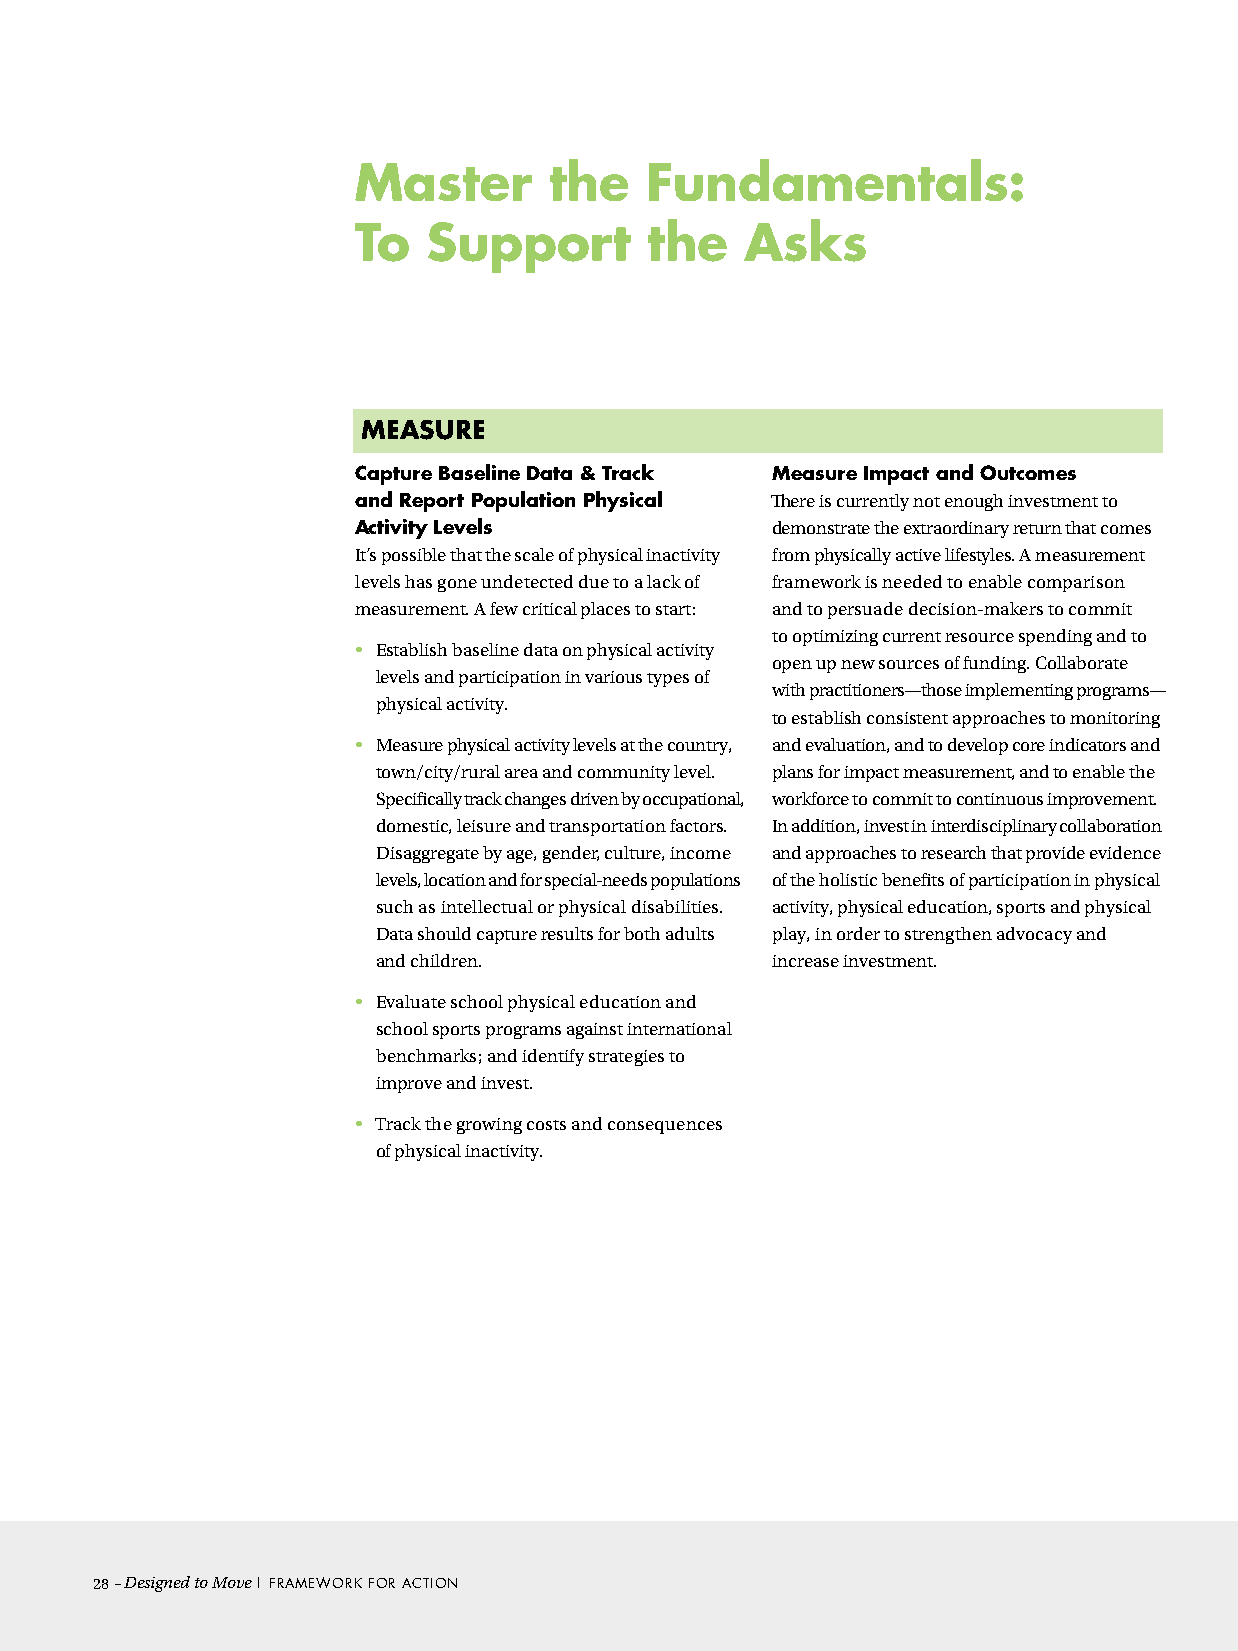
master       the    fundamentals:
 To   Support        the   Asks
 meASUre
 Capture Baseline Data & Track measure Impact and outcomes
 and report Population Physical There is currently not enough investment to
 Activity Levels             demonstrate the extraordinary return that comes
 It’s possible that the scale of physical inactivity from physically active lifestyles. A measurement
 levels has gone undetected due to a lack of framework is needed to enable comparison
 measurement. A few critical places to start: and to persuade decision-makers to commit
 to optimizing current resource spending and to
 • Establish baseline data on physical activity
 open up new sources of funding. Collaborate
 levels and participation in various types of
 with practitioners—those implementing programs—
 physical activity.
 to establish consistent approaches to monitoring
 • Measure physical activity levels at the country, and evaluation, and to develop core indicators and
 town/city/rural area and community level. plans for impact measurement, and to enable the
 Specifically track changes driven by occupational, workforce to commit to continuous improvement.
 domestic, leisure and transportation factors. In addition, invest in interdisciplinary collaboration
 Disaggregate by age, gender, culture, income and approaches to research that provide evidence
 levels, location and for special-needs populations of the holistic benefits of participation in physical
 such as intellectual or physical disabilities. activity, physical education, sports and physical
 Data should capture results for both adults play, in order to strengthen advocacy and
 and children.             increase investment.
 • Evaluate school physical education and
 school sports programs against international
 benchmarks; and identify strategies to
 improve and invest.
 • Track the growing costs and consequences
 of physical inactivity.
 28– Designed to Move | Framework For acTIon